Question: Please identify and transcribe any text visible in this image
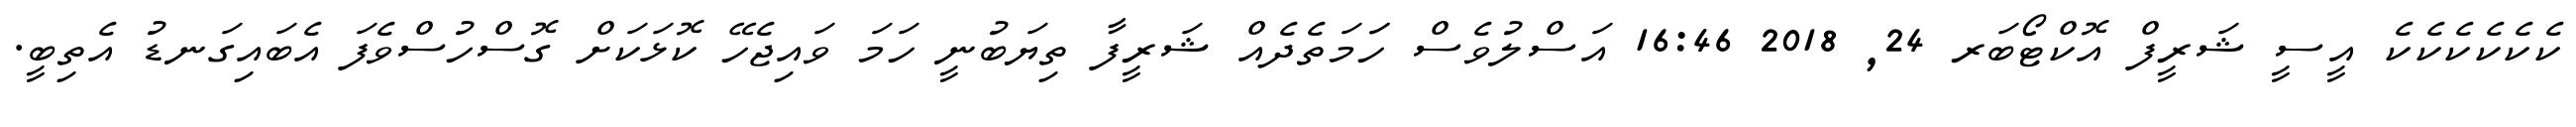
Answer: ކެކެކެކެކެކެ އީސީ ޝަރީފް އޮކްޓޯބަރ 24, 2018 16:46 އަސްލުވެސް ހަަމަތެދެއް ޝަރީފާ ތިޔަބުނީ ހަމަ ވައިޖެހޭ ކޮޅަކަށް ގޮސްހުސްވެފަ އެބައިގަނޑު އެތިބީ.